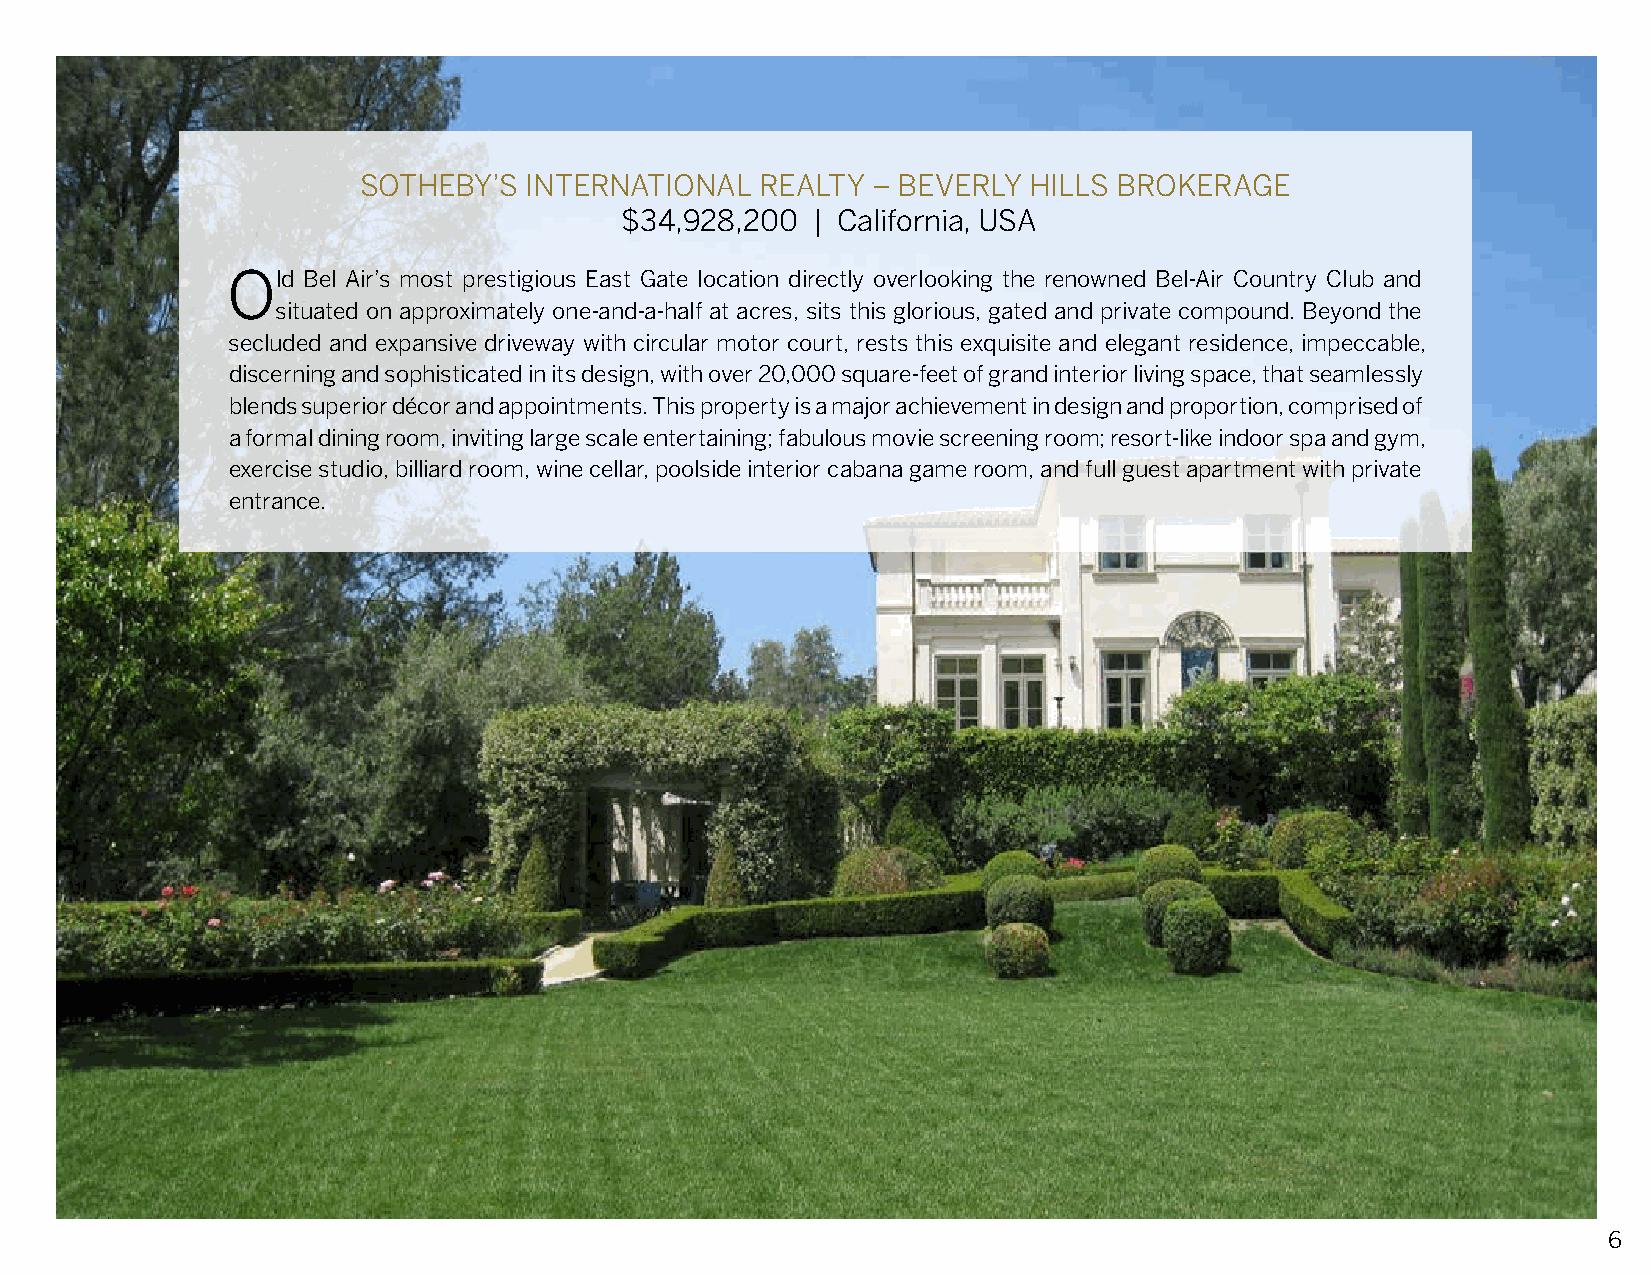
SOTHEBY’S  INTERNATIONAL  REALTY  – BEVERLY HILLS BROKERAGE
 $34,928,200  | California, USA
 Old  Bel Air’s most prestigious East Gate location directly overlooking the renowned Bel-Air Country Club and
 situated on approximately one-and-a-half at acres, sits this glorious, gated and private compound. Beyond the
 secluded and expansive driveway with circular motor court, rests this exquisite and elegant residence, impeccable,
 discerning and sophisticated in its design, with over 20,000 square-feet of grand interior living space, that seamlessly
 blends superior décor and appointments. This property is a major achievement in design and proportion, comprised of
 a formal dining room, inviting large scale entertaining; fabulous movie screening room; resort-like indoor spa and gym,
 exercise studio, billiard room, wine cellar, poolside interior cabana game room, and full guest apartment with private
 entrance.
 extraordinary
 6